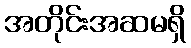
အတိုင်းအဆမရှိ